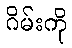
ဂိမ်းကို